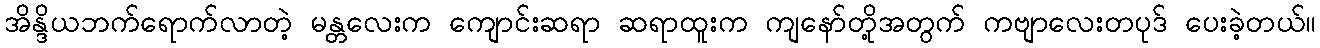
အိန္ဒိယဘက်ရောက်လာတဲ့ မန္တလေးက ကျောင်းဆရာ ဆရာထူးက ကျနော်တို့အတွက် ကဗျာလေးတပုဒ် ပေးခဲ့တယ်။